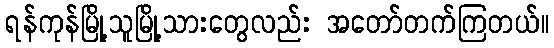
ရန်ကုန်မြို့သူမြို့သားတွေလည်း အတော်တက်ကြတယ်။